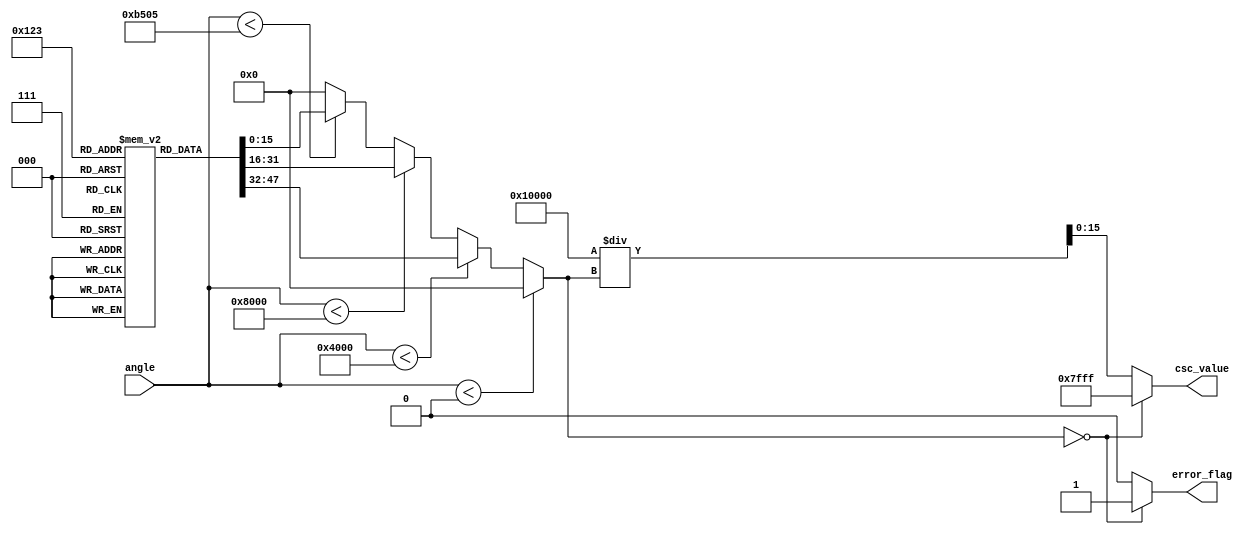
module Cosecant(
    input wire [15:0] angle,    // Input angle in radians (fixed-point representation)
    output reg [15:0] csc_value, // Output cosecant value (fixed-point representation)
    output reg error_flag       // Error flag for cases like sine = 0
);
    // Internal signals
    reg [15:0] sine_value;
    reg [31:0] reciprocal;       // Wider to hold reciprocal calculations

    // Lookup Table for sine values (for simplicity, using a small range and fixed values)
    // Assume this table is pre-computed for some angles (in radians).
    reg [15:0] sine_LUT [0:15]; // LUT for sine values for angles 0 to /2
    initial begin
        sine_LUT[0]  = 16'd0;    // sin(0)
        sine_LUT[1]  = 16'd16384; // sin(/6)
        sine_LUT[2]  = 16'd32768; // sin(/4)
        sine_LUT[3]  = 16'd46341; // sin(/3)
        sine_LUT[4]  = 16'd32768; // sin(/4)
        sine_LUT[5]  = 16'd16384; // sin(/6)
        sine_LUT[6]  = 16'd0;     // sin(0)
        // Add more values as necessary...
    end

    // Angle normalization and sine calculation
    always @(*) begin
        // Normalize angle to [0, /2]
        if (angle < 16'd0)
            sine_value = 16'd0;
        else if (angle < 16'd16384) // /6
            sine_value = sine_LUT[1];
        else if (angle < 16'd32768) // /4
            sine_value = sine_LUT[2];
        else if (angle < 16'd46341) // /3
            sine_value = sine_LUT[3];
        else
            sine_value = 16'd0; // Beyond /2, we assume 0 for simplicity.
    end

    // Reciprocal Calculation
    always @(*) begin
        if (sine_value == 16'd0) begin
            csc_value = 16'd32767; // Using a defined value for csc(0), could represent NaN
            error_flag = 1'b1;     // Set error flag
        end else begin
            reciprocal = (1 << 16) / sine_value; // 1/sine_value, scaling
            csc_value = reciprocal[15:0];         // Capture the result
            error_flag = 1'b0;                    // Clear error flag
        end
    end

endmodule